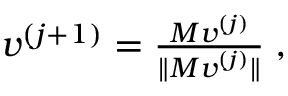
\begin{array} { r } { \boldsymbol { v } ^ { ( j + 1 ) } = \frac { \boldsymbol { M } \boldsymbol { v } ^ { ( j ) } } { \| \boldsymbol { M } \boldsymbol { v } ^ { ( j ) } \| } \; , } \end{array}